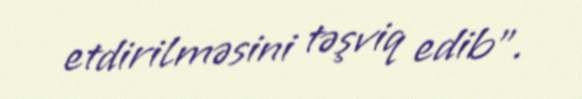
etdirilməsini təşviq edib”.